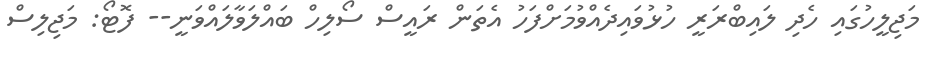
މަޖިލީހުގައި ހެދި ލައިބްރަރީ ހުޅުވައިދެއްވުމަށްފަހު އެތަން ރައީސް ސޯލިހް ބައްލަވާލައްވަނީ-- ފޮޓޯ: މަޖިލިސް